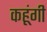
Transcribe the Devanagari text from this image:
कहूंगी